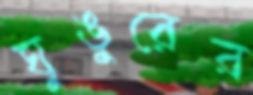
ঘুঙুরের